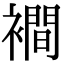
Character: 襇